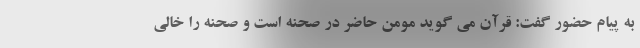
به پیام حضور گفت: قرآن می گوید مومن حاضر در صحنه است و صحنه را خالی